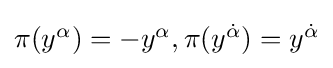
{\textstyle \pi (y^{\alpha })=-y^{\alpha },\pi (y^{\dot {\alpha }})=y^{\dot {\alpha }}}